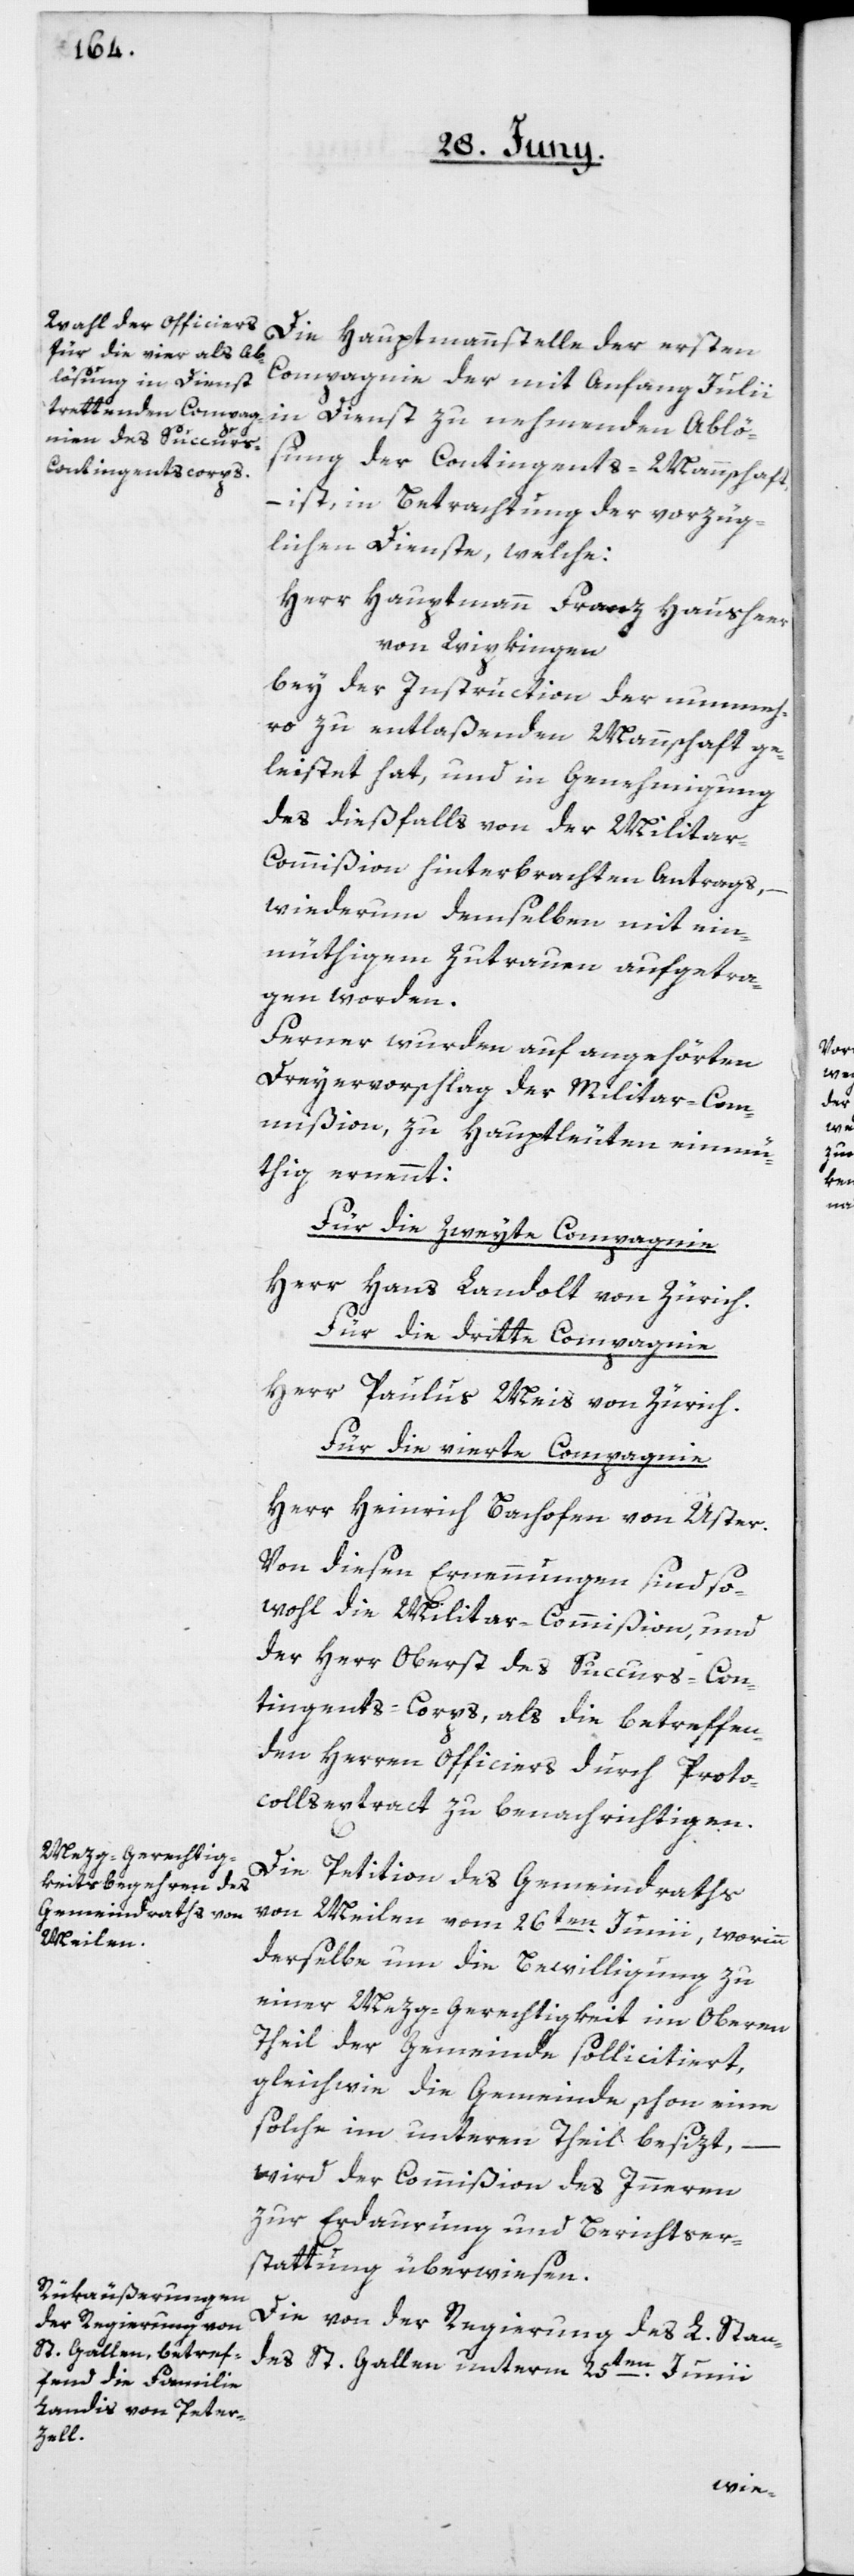
Die Hauptmannstelle der ersten
Compagnie der mit Anfang Julii
in Dienst zu nehmenden Ablö¬
sung der Contingents-Mannschaft,
– ist, in Betrachtung der vorzüg¬
lichen Dienste, welche:
Herr Hauptmann Franz Hausheer
von Wipkingen
bey der Instruction der nunmeh¬
ro zu entlaßenden Mannschaft ge¬
leistet hat, und in Genehmigung
des dießfalls von der Milita¬
r-Commißion hinterbrachten Antrags,
wiederum demselben mit ein¬
müthigem Zutrauen aufgetra¬
gen worden.
Ferner wurden auf angehörten
Dreyervorschlag der Militar-Com¬
mißion, zu Hauptleuten einmü¬
thig ernennt:
Für die zweite Compagnie
Herr Hans Landolt von Zürich
Für die dritte Compagnie
Herr Paulus Meis von Zürich
Für die vierte Compagnie
Herr Heinrich Bachofen von Uster.
Von diesen Ernennungen sind so¬
wohl die Militar-Commißion und
der Herr Oberst des Succurs-Con¬
tingents-Corps, als die betreffen¬
den Herren Officiers durch Proto¬
collsextract zu benachrichtigen.
Die Petiton des Gemeindraths
von Meilen vom 26ten Junii, worinn
derselbe um die Bewilligung zu
einer Metzg-Gerechtigkeit im Oberen
Theil der Gemeinde sollicitiert,
gleichwie die Gemeinde schon eine
solche im unteren Theil besizt,
–
wird der Commißion des Innern
zur Erdaurung und Berichtser¬
stattung überwiesen.
Die von der Regierung des L. Stan¬
des St. Gallen unterm 25ten Junii